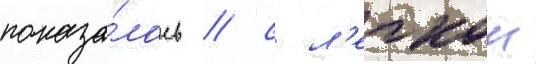
показа́лось / с л'егкои